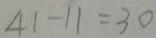
4 1 - 1 1 = 3 0